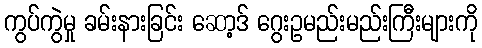
ကွပ်ကွဲမှု ခမ်းနားခြင်း ဆော့ဒ် ဂွေးဥမည်းမည်းကြီးများကို